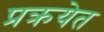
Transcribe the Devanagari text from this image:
प्रक्रयेत